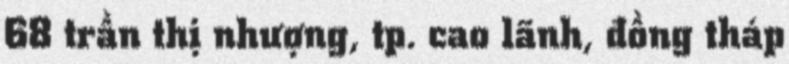
68 trần thị nhượng, tp. cao lãnh, đồng tháp